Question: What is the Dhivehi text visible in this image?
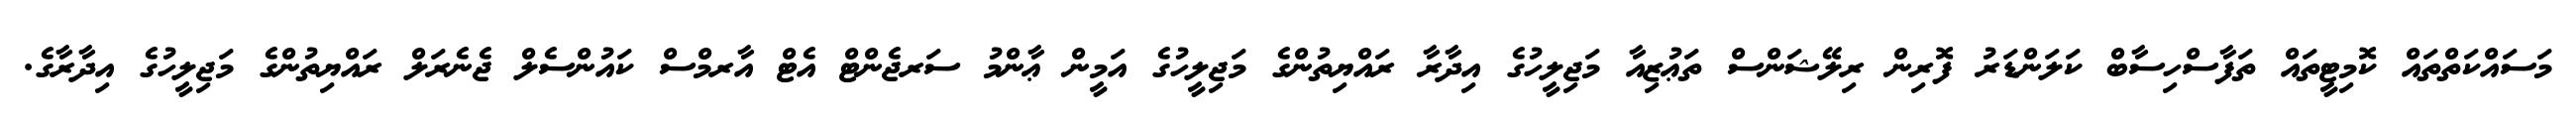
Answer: މަސައްކަތްތައް ކޮމިޓީތައް ތަފާސްހިސާބް ކަލަންޑަރު ފޮރިން ރިލޭޝަންސް ތަޢުޒިއާ މަޖިލީހުގެ އިދާރާ ރައްޔިތުންގެ މަޖިލީހުގެ އަމީން ޢާންމު ސަރޖެންޓް އެޓް އާރމްސް ކައުންސެލް ޖެނެރަލް ރައްޔިތުންގެ މަޖިލީހުގެ އިދާރާގެ.